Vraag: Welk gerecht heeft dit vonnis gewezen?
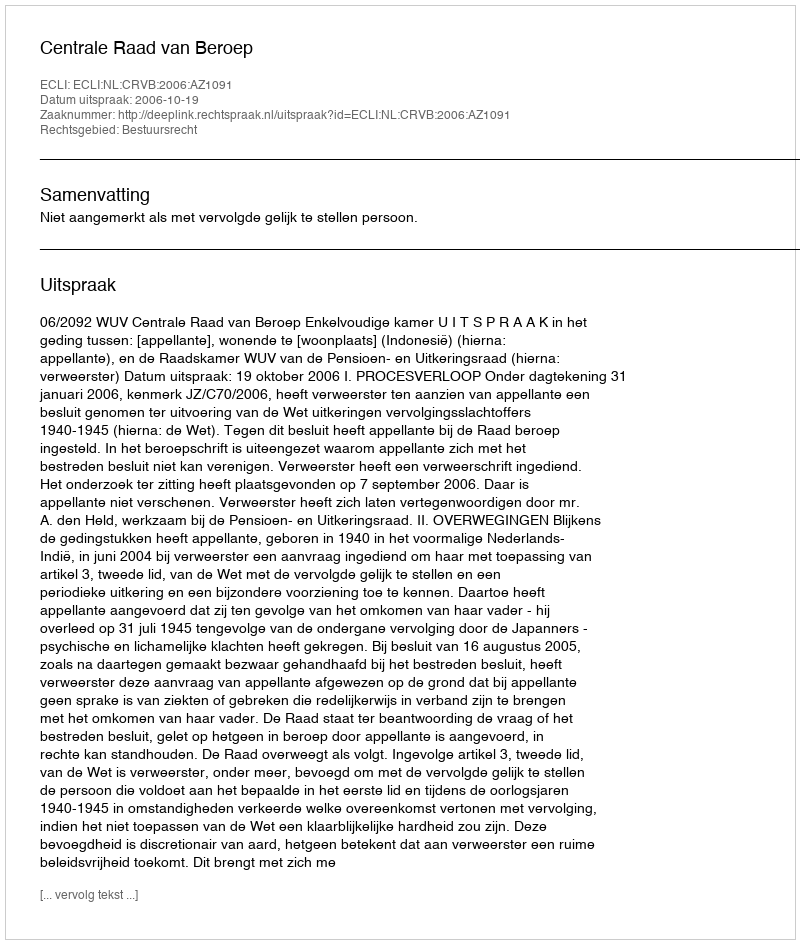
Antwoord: Centrale Raad van Beroep